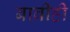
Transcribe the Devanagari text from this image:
बाबीही